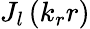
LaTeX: J_{l}\left(k_{r}r\right)